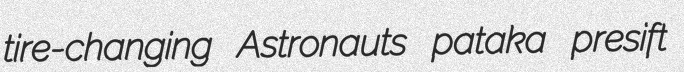
tire-changing Astronauts pataka presift